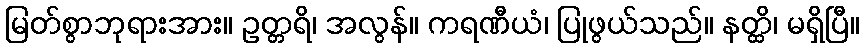
မြတ်စွာဘုရားအား။ ဥတ္တရိ၊ အလွန်။ ကရဏီယံ၊ ပြုဖွယ်သည်။ နတ္ထိ၊ မရှိပြီ။